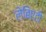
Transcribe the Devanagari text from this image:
लेबिएटी